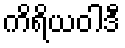
ကိရိယဝါဒီ